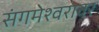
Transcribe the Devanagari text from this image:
संगमेश्वरावर